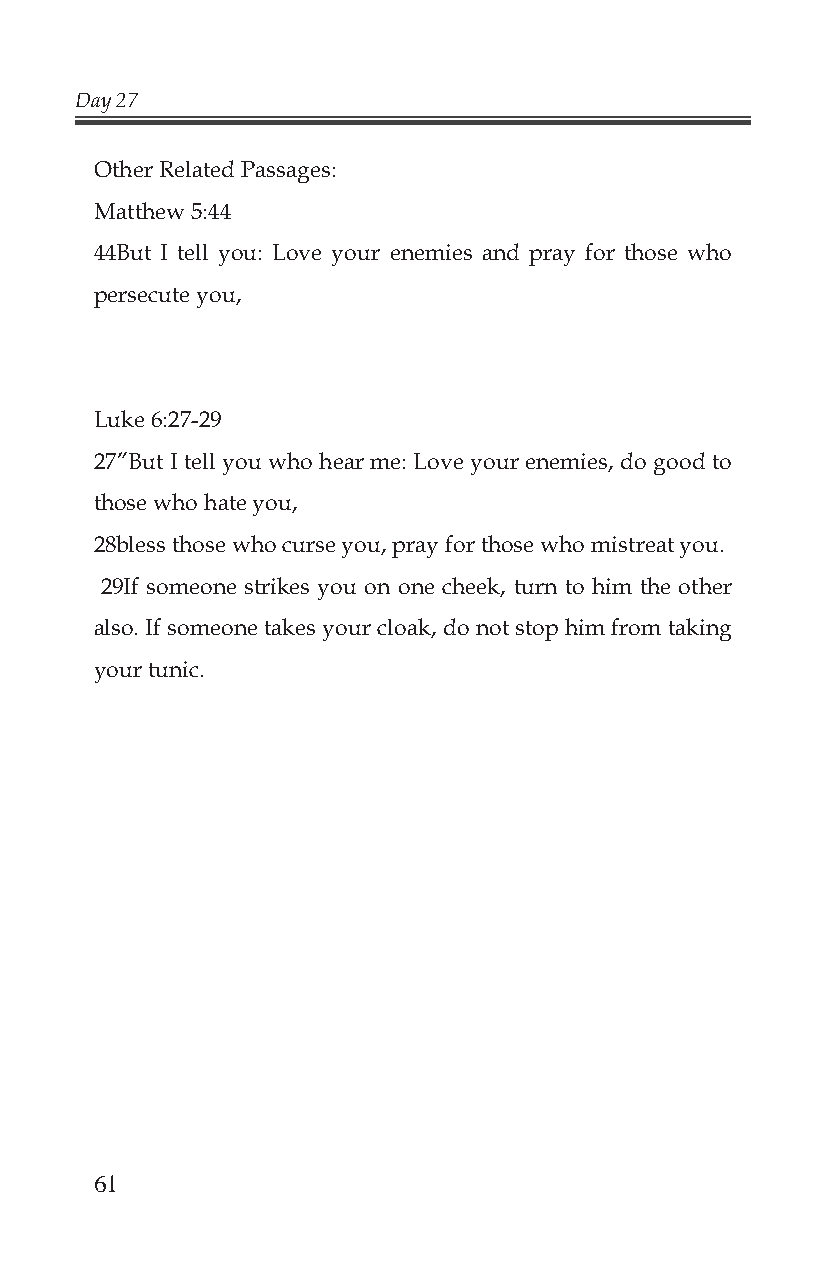
Day 27
 Other Related Passages:
 Matthew 5:44
 44But I tell you: Love your enemies and pray for those who
 persecute you,
 Luke 6:27-29
 27”But I tell you who hear me: Love your enemies, do good to
 those who hate you,
 28bless those who curse you, pray for those who mistreat you.
 29If someone strikes you on one cheek, turn to him the other
 also. If someone takes your cloak, do not stop him from taking
 your tunic.
 61